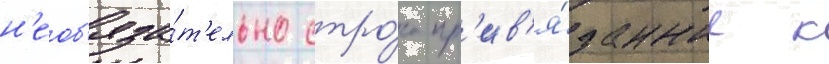
н'еоб'яза́т'ельно стро́го пр'ив'я́занные к